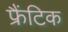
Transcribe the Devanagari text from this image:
फ्रैंटिक